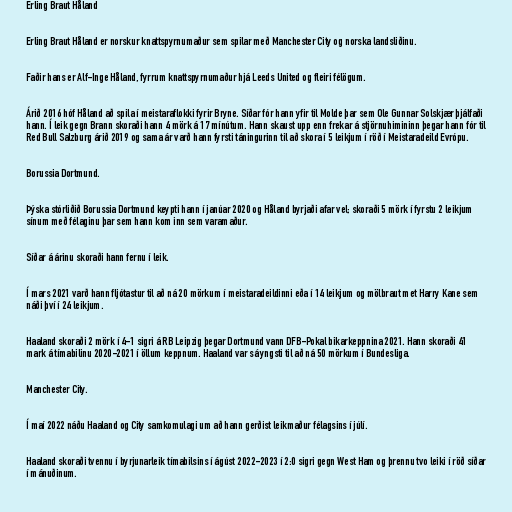
Erling Braut Håland

Erling Braut Håland er norskur knattspyrnumaður sem spilar með Manchester City og norska landsliðinu.

Faðir hans er Alf-Inge Håland, fyrrum knattspyrnumaður hjá Leeds United og fleiri félögum.

Árið 2016 hóf Håland að spila í meistaraflokki fyrir Bryne. Síðar fór hann yfir til Molde þar sem Ole Gunnar Solskjær þjálfaði
hann. Í leik gegn Brann skoraði hann 4 mörk á 17 mínútum. Hann skaust upp enn frekar á stjörnuhimininn þegar hann fór til
Red Bull Salzburg árið 2019 og sama ár varð hann fyrsti táningurinn til að skora í 5 leikjum í röð í Meistaradeild Evrópu.

Borussia Dortmund.

Þýska stórliðið Borussia Dortmund keypti hann í janúar 2020 og Håland byrjaði afar vel; skoraði 5 mörk í fyrstu 2 leikjum
sínum með félaginu þar sem hann kom inn sem varamaður.

Síðar á árinu skoraði hann fernu í leik.

Í mars 2021 varð hann fljótastur til að ná 20 mörkum í meistaradeildinni eða í 14 leikjum og mölbraut met Harry Kane sem
náði því í 24 leikjum.

Haaland skoraði 2 mörk í 4-1 sigri á RB Leipzig þegar Dortmund vann DFB-Pokal bikarkeppnina 2021. Hann skoraði 41
mark á tímabilinu 2020-2021 í öllum keppnum. Haaland var sá yngsti til að ná 50 mörkum í Bundesliga.

Manchester City.

Í maí 2022 náðu Haaland og City samkomulagi um að hann gerðist leikmaður félagsins í júlí.

Haaland skoraði tvennu í byrjunarleik tímabilsins í ágúst 2022-2023 í 2:0 sigri gegn West Ham og þrennu tvo leiki í röð síðar
í mánuðinum.